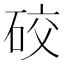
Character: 䂭